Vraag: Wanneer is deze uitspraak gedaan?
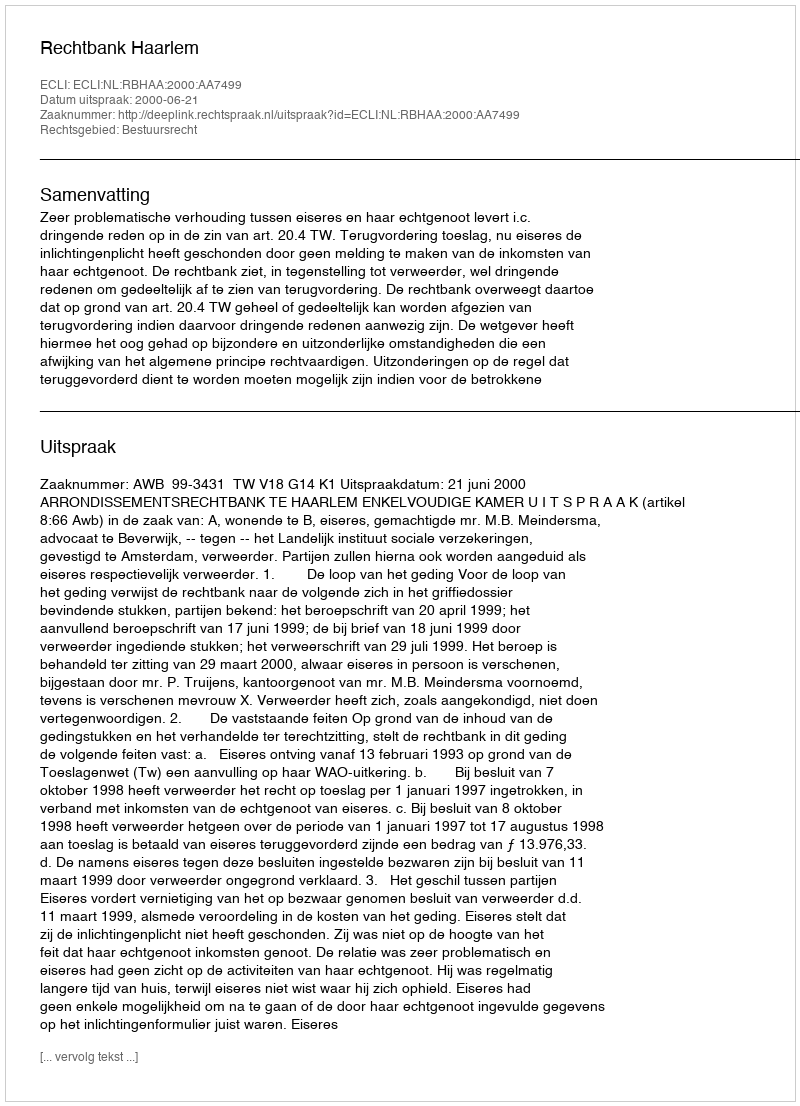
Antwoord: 2000-06-21